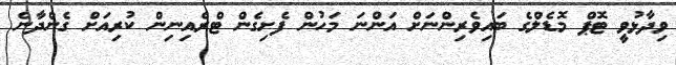
ވިދާޅުވީ ޓޮޕް މޮޑެލްގެ ބައިވެރިންނަށް އަންނަ މަހުން ފެށިގެން ޓްރެއިނިން ކުރިއަށް ގެންދާނެ